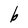
Character: b